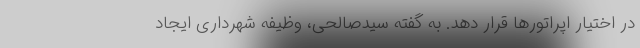
در اختیار اپراتورها قرار دهد. به گفته سیدصالحی، وظیفه شهرداری ایجاد